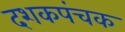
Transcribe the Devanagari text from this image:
दशकपंचक